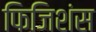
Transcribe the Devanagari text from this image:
फिजिशंस